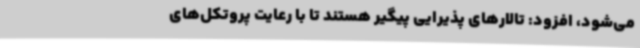
می‌شود، افزود: تالارهای پذیرایی پیگیر هستند تا با رعایت پروتکل‌های